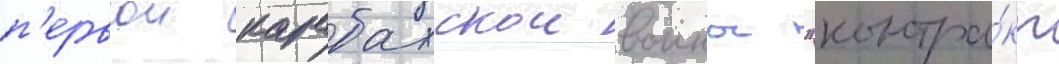
п'ервои карабахскои воины "контра́кт